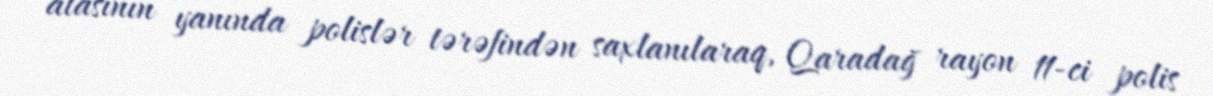
atasının yanında polislər tərəfindən saxlanılaraq, Qaradağ rayon 11-ci polis